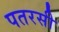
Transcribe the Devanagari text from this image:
पतरसी